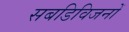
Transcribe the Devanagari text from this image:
सबडिविजनों